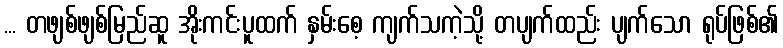
... တဖျစ်ဖျစ်မြည်ဆူ အိုးကင်းပူထက် နှမ်းစေ့ ကျက်သကဲ့သို့ တပျက်ထည်း ပျက်သော ရုပ်ဖြစ်၏